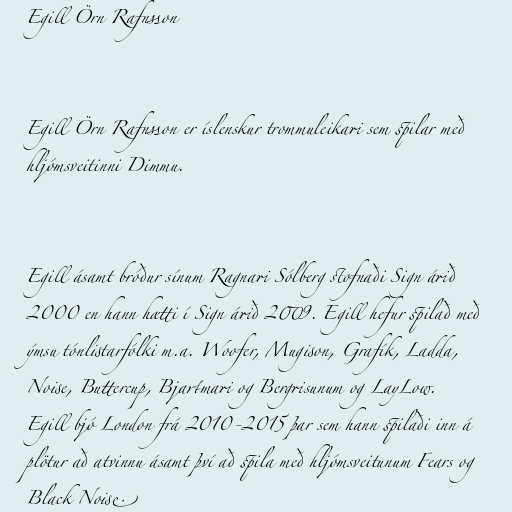
Egill Örn Rafnsson

Egill Örn Rafnsson er íslenskur trommuleikari sem spilar með
hljómsveitinni Dimmu.

Egill ásamt bróður sínum Ragnari Sólberg stofnaði Sign árið
2000 en hann hætti í Sign árið 2009. Egill hefur spilað með
ýmsu tónlistarfólki m.a. Woofer, Mugison, Grafík, Ladda,
Noise, Buttercup, Bjartmari og Bergrisunum og LayLow.
Egill bjó London frá 2010-2015 þar sem hann spilaði inn á
plötur að atvinnu ásamt því að spila með hljómsveitunum Fears og
Black Noise.